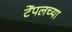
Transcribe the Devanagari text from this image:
टेंपलच्या